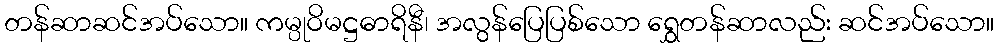
တန်ဆာဆင်အပ်သော။ ကမ္ပုဝိမဋ္ဌဓာရိနီ၊ အလွန်ပြေပြစ်သော ရွှေတန်ဆာလည်း ဆင်အပ်သော။